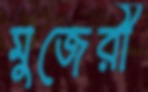
মুজেরী